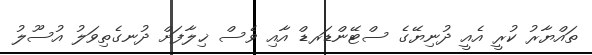
ތައްޔާރު ކުރީ އެއީ ދުނިޔޭގެ ސްޓޭންޑަރޑް އާއި ވެސް ޚިލާފަށް ދުނގެތިވަލު އުސޫލު